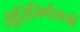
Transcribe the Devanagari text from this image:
नीतिनिर्माताओं